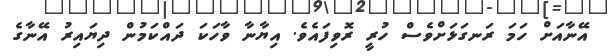
އޭނާއަށް ހަމަ ރަނގަޅަށްވެސް ހުރީ ރޮވިފައެވެ. އިޔާނާ ވާހަކަ ދައްކަމުން ދިޔައިރު އޭނާގެ